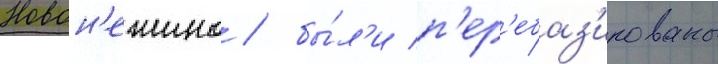
Новон'ежино / бы́л'и п'ер'ебаз'ированы